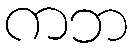
ကဘ